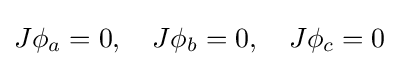
J\phi _{a}=0,\quad J\phi _{b}=0,\quad J\phi _{c}=0